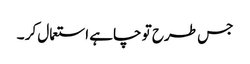
جس طرح تو چاہے استعمال کر ۔